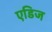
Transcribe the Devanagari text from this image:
एडिज